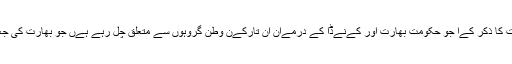
اخبار” بزنس سٹےنڈرڈ “نے ان تنازعات کا ذکر کےا جو حکومت بھارت اور کےنےڈا کے درمےان ان تارکےن وطن گروہوں سے متعلق چل رہے ہےں جو بھارت کی جغرافےائی سلامتی کےلئے خطرہ ہےں۔